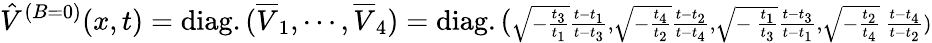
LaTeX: \hat{V}^{(B=0)}(x,t)=\mathrm{diag.}\, (\overline{{{V}}}_{1},\cdots,\overline{{{V}}}_{4})=\mathrm{diag.}\, (\scriptstyle{{\sqrt{-{\frac{t_{3}}{t_{1}}}}{\frac{t-t_{1}}{t-t_{3}}},\sqrt{-{\frac{t_{4}}{t_{2}}}}{\frac{t-t_{2}}{t-t_{4}}},\sqrt{-{\ \frac{t_{1}}{t_{3}}}}{\frac{t-t_{3}}{t-t_{1}}},\sqrt{-{\frac{t_{2}}{t_{4}}}}{\ \frac{t-t_{4}}{t-t_{2}}}}})